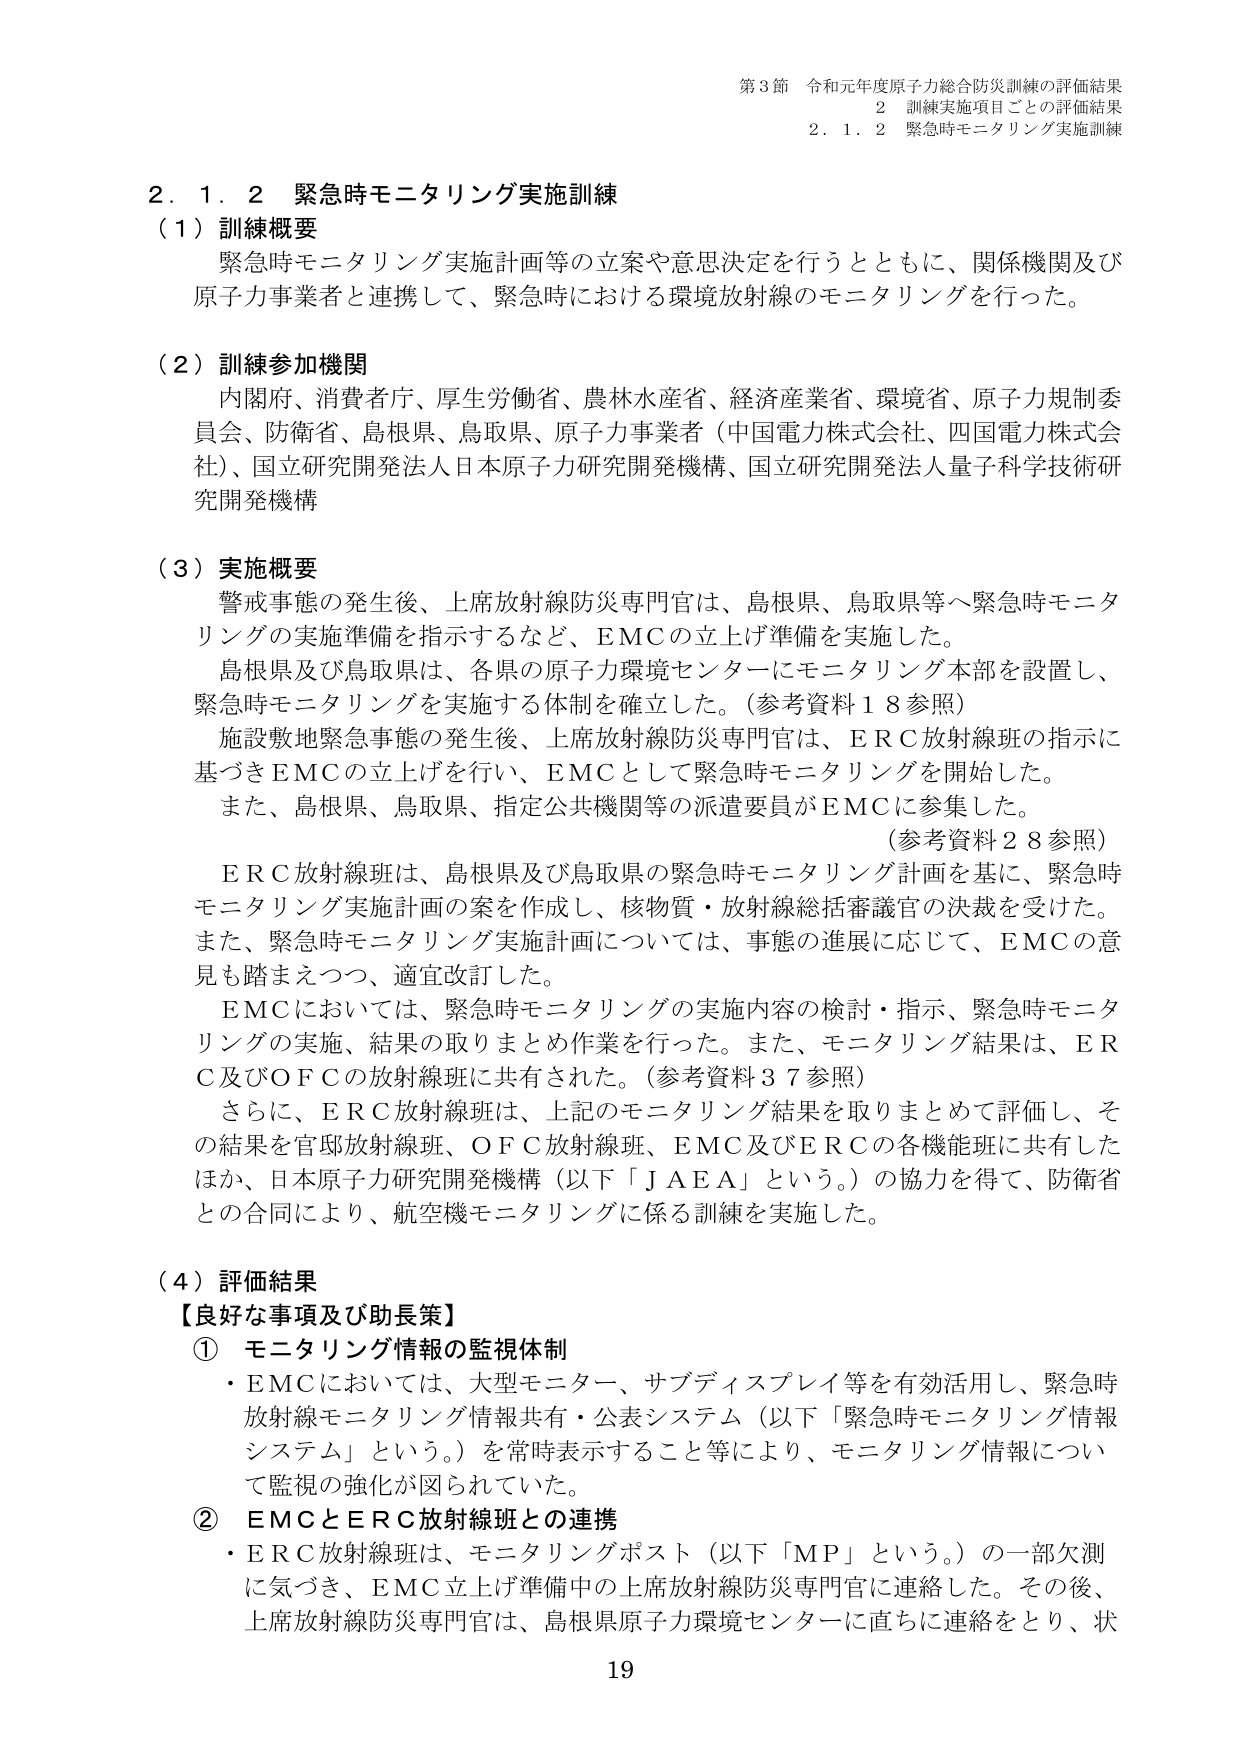
第3節 令和元年度原子力総合防災訓練の評価結果
2 訓練実施項目ごとの評価結果
2．1．2 緊急時モニタリング実施訓練

2．1．2 緊急時モニタリング実施訓練
（1）訓練概要
緊急時モニタリング実施計画等の立案や意思決定を行うとともに、関係機関及び原子力事業者と連携して、緊急時における環境放射線のモニタリングを行った。

（2）訓練参加機関
内閣府、消費者庁、厚生労働省、農林水産省、経済産業省、環境省、原子力規制委員会、防衛省、島根県、鳥取県、原子力事業者（中国電力株式会社、四国電力株式会社）、国立研究開発法人日本原子力研究開発機構、国立研究開発法人量子科学技術研究開発機構

（3）実施概要
警戒事態の発生後、上席放射線防災専門官は、島根県、鳥取県等へ緊急時モニタリングの実施準備を指示するなど、EMCの立上げ準備を実施した。
島根県及び鳥取県は、各県の原子力環境センターにモニタリング本部を設置し、緊急時モニタリングを実施する体制を確立した。（参考資料18参照）
施設敷地緊急事態の発生後、上席放射線防災専門官は、ERC放射線班の指示に基づきEMCの立上げを行い、EMCとして緊急時モニタリングを開始した。
また、島根県、鳥取県、指定公共機関等の派遣要員がEMCに参集した。
（参考資料28参照）
ERC放射線班は、島根県及び鳥取県の緊急時モニタリング計画を基に、緊急時モニタリング実施計画の案を作成し、核物質・放射線総括審議官の決裁を受けた。
また、緊急時モニタリング実施計画については、事態の進展に応じて、EMCの意見も踏まえつつ、適宜改訂した。
EMCにおいては、緊急時モニタリングの実施内容の検討・指示、緊急時モニタリングの実施、結果の取りまとめ作業を行った。また、モニタリング結果は、ERC及びOFCの放射線班に共有された。（参考資料37参照）
さらに、ERC放射線班は、上記のモニタリング結果を取りまとめて評価し、その結果を官邸放射線班、OFC放射線班、EMC及びERCの各機能班に共有したほか、日本原子力研究開発機構（以下「JAEA」という。）の協力を得て、防衛省との合同により、航空機モニタリングに係る訓練を実施した。

（4）評価結果
【良好な事項及び助長策】
① モニタリング情報の監視体制
・EMCにおいては、大型モニター、サブディスプレイ等を有効活用し、緊急時放射線モニタリング情報共有・公表システム（以下「緊急時モニタリング情報システム」という。）を常時表示すること等により、モニタリング情報について監視の強化が図られていた。
② EMCとERC放射線班との連携
・ERC放射線班は、モニタリングポスト（以下「MP」という。）の一部欠測に気づき、EMC立上げ準備中の上席放射線防災専門官に連絡した。その後、上席放射線防災専門官は、島根県原子力環境センターに直ちに連絡をとり、状

19